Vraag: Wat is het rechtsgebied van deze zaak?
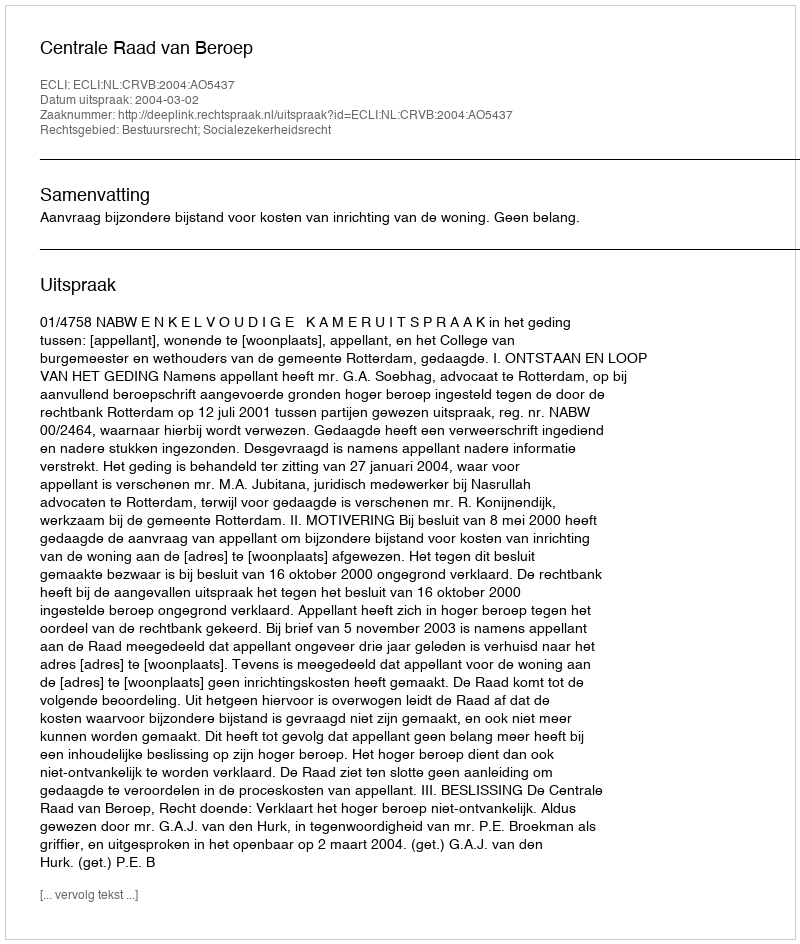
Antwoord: Bestuursrecht; Socialezekerheidsrecht